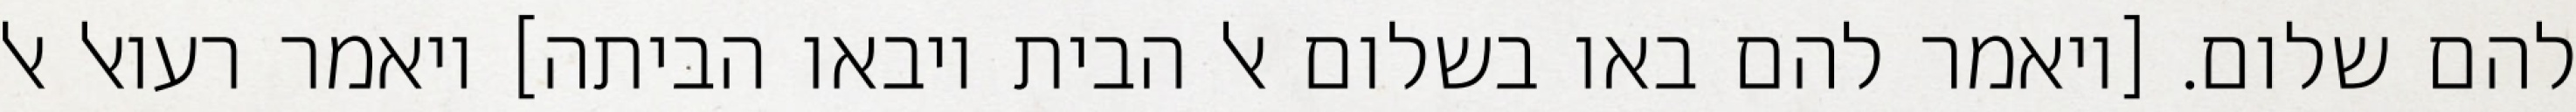
להם שלום. [ויאמר להם באו בשלום אל הבית ויבאו הביתה] ויאמר רעואל אל